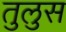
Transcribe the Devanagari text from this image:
तुलुस